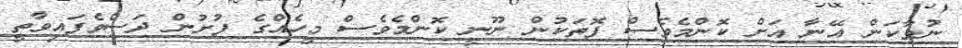
ނުވާކަން އޭނާ އަށް ކޮންމެވެސް ފޮތަކުން ނޫނީ ކޮންމެވެސް މީހެއްގެ ފުށުން ދަސްވެފައިވާތީ